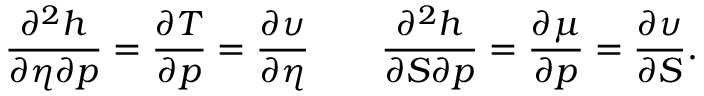
\frac { \partial ^ { 2 } h } { \partial \eta \partial p } = \frac { \partial T } { \partial p } = \frac { \partial \upsilon } { \partial \eta } \qquad \frac { \partial ^ { 2 } h } { \partial S \partial p } = \frac { \partial \mu } { \partial p } = \frac { \partial \upsilon } { \partial S } .